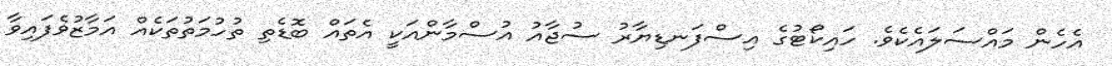
އެހެން މައްސަލައެކެވެ. ހައިކޯޓުގެ އިސްފަނޑިޔާރު ސުޖާއު އުސްމާންއަކީ އެތައް ބޮޑެތި ތުހުމަތުތަކެއް އަމާޒުވެފައިވާ